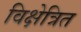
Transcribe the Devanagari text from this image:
विक्षेत्रित